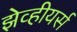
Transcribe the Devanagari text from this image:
झेव्हीयर्स